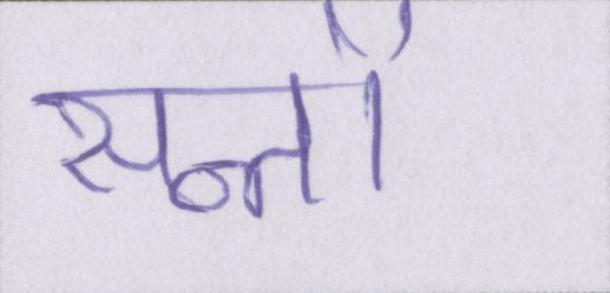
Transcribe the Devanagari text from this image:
सन्तों